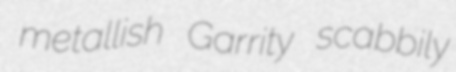
metallish Garrity scabbily